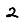
Digit: 2